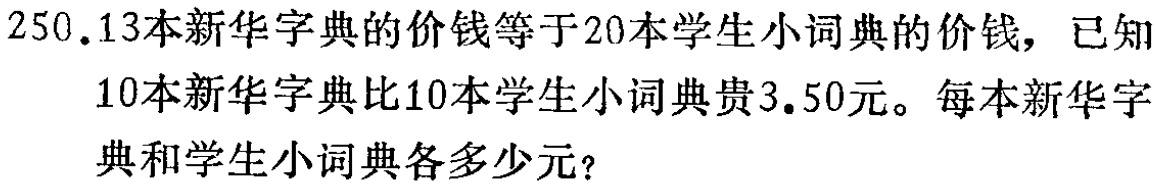
250.13本新华字典的价钱等于20本学生小词典的价钱，已知10本新华字典比10本学生小词典贵3.50元。每本新华字典和学生小词典各多少元？